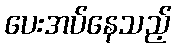
ပေးအပ်နေသည့်